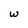
Character: w